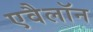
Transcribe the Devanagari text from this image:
एवैलॉन